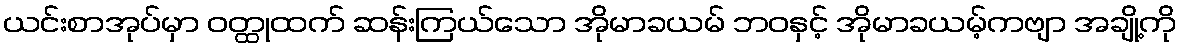
ယင်းစာအုပ်မှာ ဝတ္ထုထက် ဆန်းကြယ်သော အိုမာခယမ် ဘဝနှင့် အိုမာခယမ့်ကဗျာ အချို့ကို